Vaccination in Bombay 1869-1873 - 1869-1873
Year: 1869
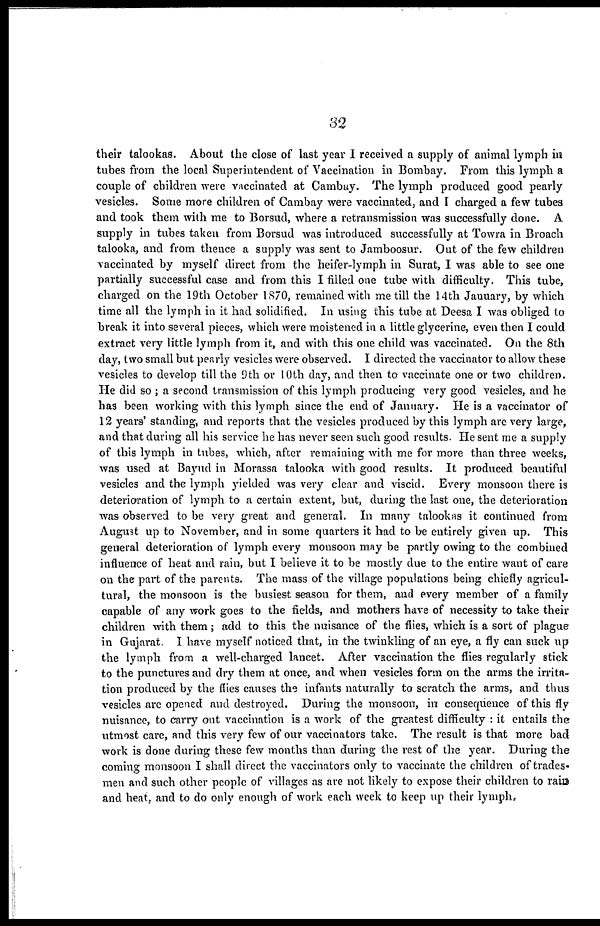
32
their talookas. About the close of last year I received a supply of animal lymph in
tubes from the local Superintendent of Vaccination in Bombay. From this lymph a
couple of children were vaccinated at Cambay. The lymph produced good pearly
vesicles. Some more children of Cambay were vaccinated, and I charged a few tubes
and took them with me to Borsud, where a retransmission was successfully done. A
supply in tubes taken from Borsud was introduced successfully at Towra in Broach
talooka, and from thence a supply was sent to Jamboosur. Out of the few children
vaccinated by myself direct from the heifer-lymph in Surat, I was able to see one
partially successful case and from this I filled one tube with difficulty. This tube,
charged on the 19th October 1870, remained with me till the 14th January, by which
time all the lymph in it had solidified. In using this tube at Deesa I was obliged to
break it into several pieces, which were moistened in a little glycerine, even then I could
extract very little lymph from it, and with this one child was vaccinated. On the 8th
day, two small but pearly vesicles were observed. I directed the vaccinator to allow these
vesicles to develop till the 9th or 10th day, and then to vaccinate one or two children.
He did so ; a second transmission of this lymph producing very good vesicles, and he
has been working with this lymph since the end of January. He is a vaccinator of
12 years' standing, and reports that the vesicles produced by this lymph are very large,
and that during all his service he has never seen such good results. He sent me a supply
of this lymph in tubes, which, after remaining with me for more than three weeks,
was used at Bayud in Morassa talooka with good results. It produced beautiful
vesicles and the lymph yielded was very clear and viscid. Every monsoon there is
deterioration of lymph to a certain extent, but, during the last one, the deterioration
was observed to be very great and general. In many talookas it continued from
August up to November, and in some quarters it had to be entirely given up. This
general deterioration of lymph every monsoon may be partly owing to the combined
influence of heat and rain, but I believe it to be mostly due to the entire want of care
on the part of the parents. The mass of the village populations being chiefly agricul-
tural, the monsoon is the busiest season for them, and every member of a family
capable of any work goes to the fields, and mothers have of necessity to take their
children with them; add to this the nuisance of the flies, which is a sort of plague
in Gujarat. I have myself noticed that, in the twinkling of an eye, a fly can suck up
the lymph from a well-charged lancet. After vaccination the flies regularly stick
to the punctures and dry them at once, and when vesicles form on the arms the irrita-
tion produced by the flies causes the infants naturally to scratch the arms, and thus
vesicles are opened and destroyed. During the monsoon, in consequence of this fly
nuisance, to carry out vaccination is a work of the greatest difficulty : it entails the
utmost care, and this very few of our vaccinators take. The result is that more bad
work is done during these few months than during the rest of the year. During the
coming monsoon I shall direct the vaccinators only to vaccinate the children of trades-
men and such other people of villages as are not likely to expose their children to rain
and heat, and to do only enough of work each week to keep up their lymph,